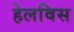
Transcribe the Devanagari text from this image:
हेलविस